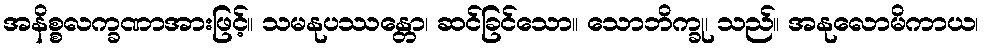
အနိစ္စလက္ခဏာအားဖြင့်။ သမနုပဿန္တော၊ ဆင်ခြင်သော။ သောဘိက္ခု၊ သည်။ အနုလောမိကာယ၊